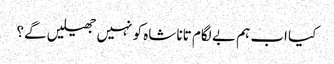
کیا اب ہم بے لگام تانا شاہ کو نہیں جھیلیں گے؟